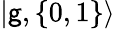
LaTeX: |{\mathsf{g},\{ 0,1\} }\rangle